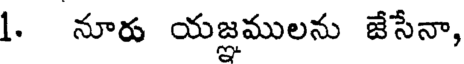
1. నూరు యజ్ఞములను జేసేనా,